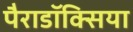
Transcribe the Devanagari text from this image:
पैराडॉक्सिया